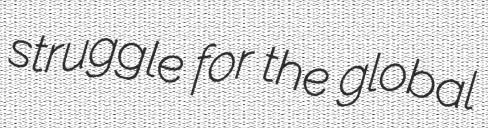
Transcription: struggle for the global